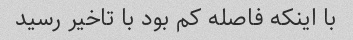
با اینکه فاصله کم بود با تاخیر رسید